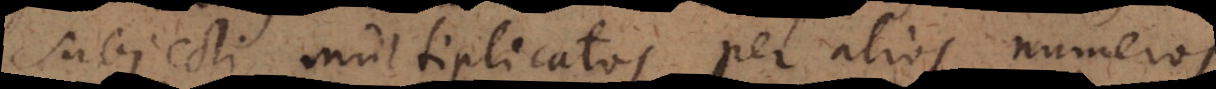
subjecti multiplicatos per alios numeros